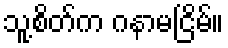
သူ့စိတ်က ဂနာမငြိမ်။